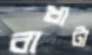
বাধাটা